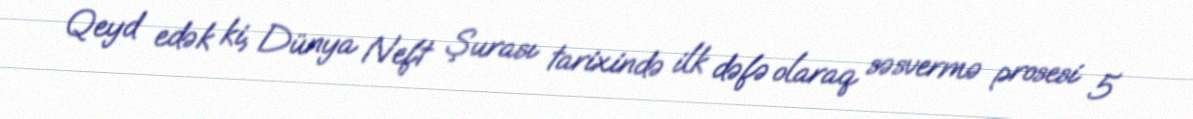
Qeyd edək ki, Dünya Neft Şurası tarixində ilk dəfə olaraq səsvermə prosesi 5